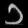
Digit: ၁